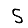
Digit: 5